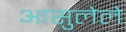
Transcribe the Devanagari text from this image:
आसुलेले